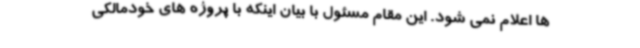
ها اعلام نمی شود. این مقام مسئول با بیان اینکه با پروژه های خودمالکی